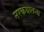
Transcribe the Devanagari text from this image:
नरकयातना